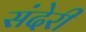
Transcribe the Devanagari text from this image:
संदेरी